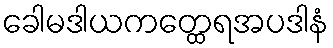
ခေါမဒါယကတ္ထေရအပဒါနံ